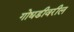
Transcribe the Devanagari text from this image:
गोधडीवरील